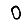
Digit: 0